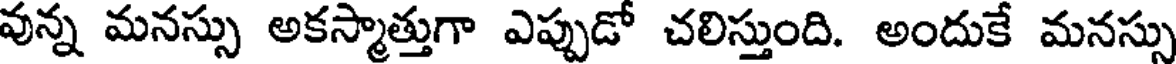
వున్న మనస్సు అకస్మాత్తుగా ఎప్పుడో చలిస్తుంది. అందుకే మనస్సు